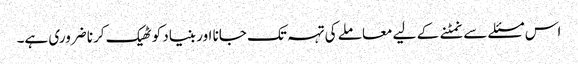
اس مسئلے سے نمٹنے کے لیے معاملے کی تہہ تک جانا اور بنیاد کو ٹھیک کرنا ضروری ہے۔